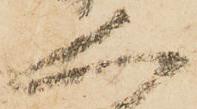
人